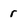
Character: r